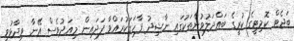
ބަޖެޓް ކޮމިޓީގެ ކުރީގެ ބައްދަލުވުންތަކުގައި ނާޝިދު ފާހަގަކުރައްވާ ފަދައިން މިއަދުވެސް އޭނާ ވިދާޅުވީ